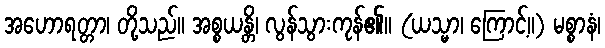
အဟောရတ္တာ၊ တို့သည်။ အစ္စယန္တိ၊ လွန်သွားကုန်၏။ (ယသ္မာ၊ ကြောင့်။) မစ္စာနံ၊